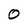
Character: O